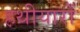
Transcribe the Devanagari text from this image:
हथीयारों